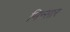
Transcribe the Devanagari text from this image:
मिन्सार